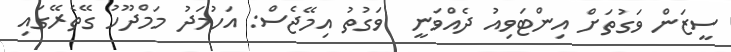
ސީޒަން ވަގުތަށް އިންޓަވިއު ދެއްވަނީ  ވަގުތު އިމޭޖެސް: އަހުމަދު މަމްދޫހު ގޭތެރޭގައި